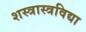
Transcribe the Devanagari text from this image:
शस्त्रास्त्रविद्या